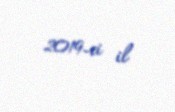
2019-ci il